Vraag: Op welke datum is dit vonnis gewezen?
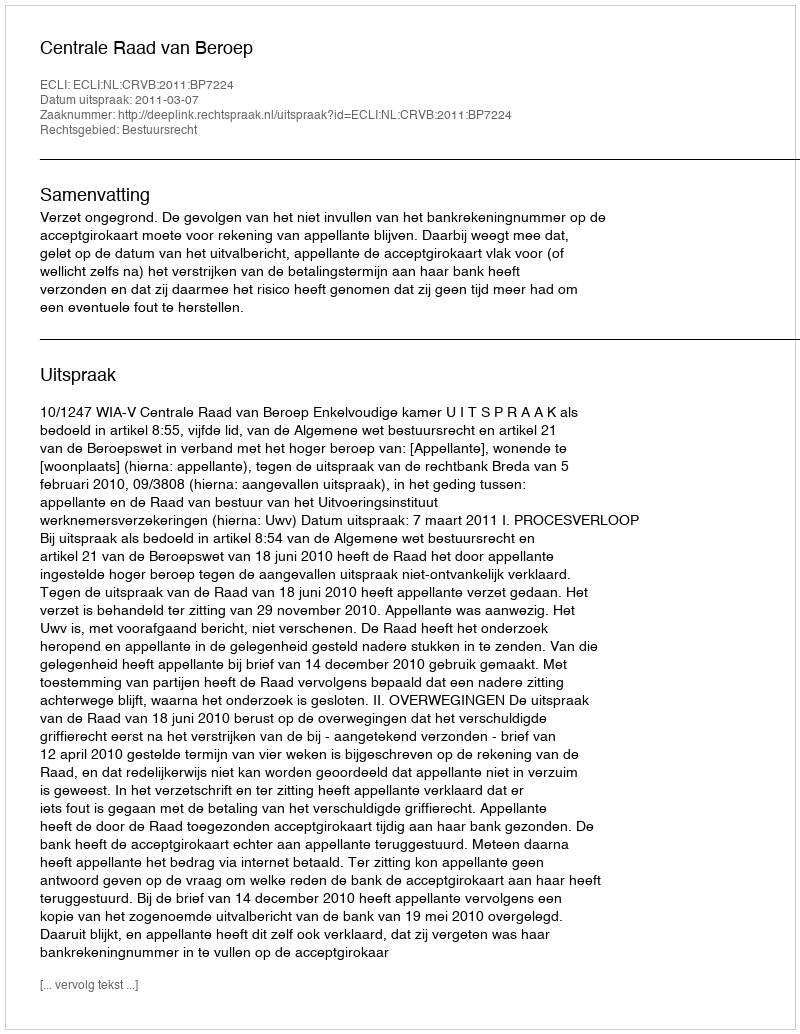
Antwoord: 2011-03-07